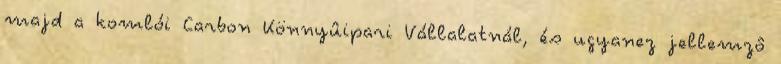
majd a komlói Carbon Könnyûipari Vállalatnál, és ugyanez jellemzô